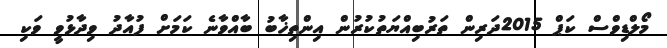
މޯލްޑިވްސް ކަޕް 2015ދަރިން ތަރުބިއްޔަތުކުރުން އިންތިޚާބު ބާއްވާނެ ކަމަށް ފުއާދު ވިދާޅުވީ ވަކި